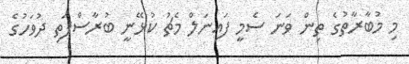
މި މުބާރާތުގެ ތިން ވަނަ ސެމީ ފައިނަލް މެޗު ކުޅޭނީ ބުރާސްފަތި ދުވަހުގެ